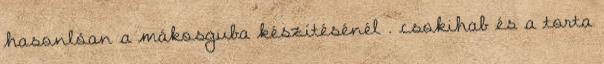
hasonlóan a mákosguba készítésénél . csokihab és a torta